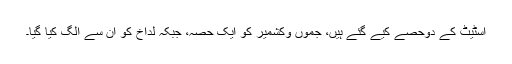
اسٹیٹ کے دوحصے کیے گئے ہیں، جموں وکشمیر کو ایک حصہ، جبکہ لداخ کو ان سے الگ کیا گیا۔